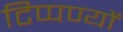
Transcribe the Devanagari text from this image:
टिप्पण्यों